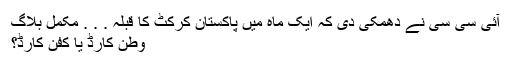
آئی سی سی نے دھمکی دی کہ ایک ماہ میں پاکستان کرکٹ کا قبلہ . . . مکمل بلاگ
وطن کارڈ یا کفن کارڈ؟